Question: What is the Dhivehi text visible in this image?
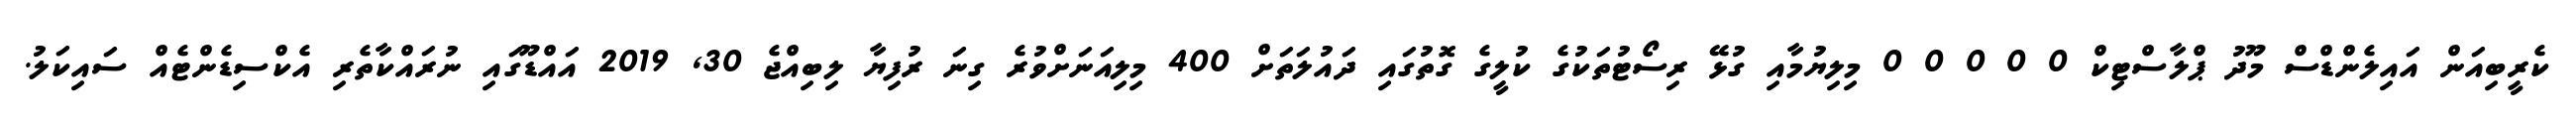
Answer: ކެރީބިއަން އައިލެންޑްސް މޫދު ޕްލާސްޓިކް 0 0 0 0 0 މިލިޔުމާއި ގުޅޭ ރިސޯޓުތަކުގެ ކުލީގެ ގޮތުގައި ދައުލަތަށް 400 މިލިއަނަށްވުރެ ގިނަ ރުފިޔާ ލިބިއްޖެ 30, 2019 އައްޑޫގައި ނުރައްކާތެރި އެކްސިޑެންޓެއް ސައިކަލު.